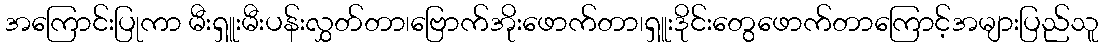
အကြောင်းပြုကာ မီးရှူးမီးပန်းလွှတ်တာ၊ဗြောက်အိုးဖောက်တာ၊ရှူးဒိုင်းတွေဖောက်တာကြောင့်အများပြည်သူ